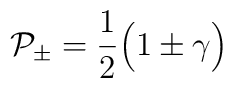
{\cal P_{\pm} } = {1\over 2} \Bigl( 1\pm \gamma \Bigr)